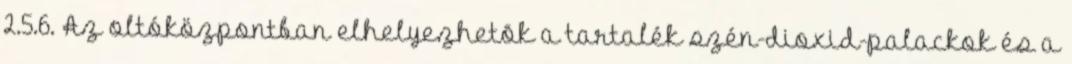
2.5.6. Az oltóközpontban elhelyezhetõk a tartalék szén-dioxid-palackok és a